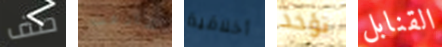
صف شارفت أخلاقية تؤخذ القنابل